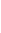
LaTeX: \! \! \! \! \! \! \! \! \! \! \! \Gamma\! \! \! \! \! \! \! \! \! \! \! \! ^{\! \! \! \! \! \! \! \! \! \! \! \! \pm}\! \! \! \! \! \! \! \! \! \! \! \! =\! \! \! \! \! \! \! \! \! \! \! \! \{ Z\! \! \! \! \! \! \! \! \! \! \! \! (\! \! \! \! \! \! \! \! \! \! \! \! \mathbf{x}\! \! \! \! \! \! \! \! \! \! \! \! )\! \! \! \! \! \! \! \! \! \! \! \! ,\! \! \! \! \! \! \! \! \! \! \! \! ,\! \! \! \! \! \! \! \! \! \! \! \! \! \! \! \! \! \! \! \! \! \! \! \! \mathbf{x}\! \! \! \! \! \! \! \! \! \! \! \! \in\! \! \! \! \! \! \! \! \! \! \! \! \! \! \! \! \! \! \! \! \! \! \! \! \partial\! \! \! \! \! \! \! \! \! \! \! \! B\! \! \! \! \! \! \! \! \! \! \! \! _{r}\! \! \! \! \! \! \! \! \! \! \! \! (\! \! \! \! \! \! \! \! \! \! \! \! \mathbf{x}\! \! \! \! \! \! \! \! \! \! \! \! _{\! }\! \! \! \! \! \! \! \! \! \! \! 0\! \! \! \! \! \! \! \! \! \! \! \! )\! \! \! \! \! \! \! \! \! \! \! \! \cap\! \! \! \! \! \! \! \! \! \! \! \! \Sigma\! \! \! \! \! \! \! \! \! \! \! \! ^{\! \! \! \! \! \! \! \! \! \! \! \! \pm}\! \! \! \! \! \! \! \! \! \! \! \! \} \! \! \! \! \! \! \! \! \! \! \!